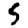
Digit: 5